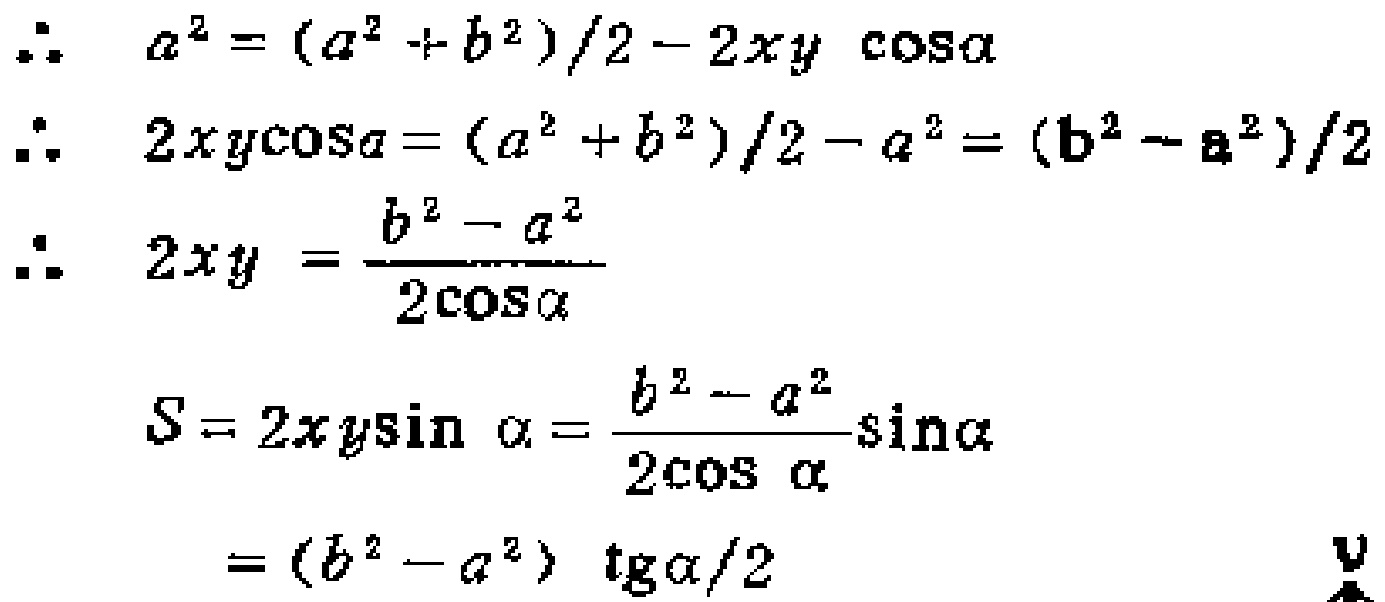
\begin{align*}
\therefore\quad a^{2}&=(a^{2}+b^{2})/2 - 2xy\cos\alpha\\
\therefore\quad 2xy\cos\alpha&=(a^{2}+b^{2})/2 - a^{2}=(b^{2}-a^{2})/2\\
\therefore\quad 2xy&=\frac{b^{2}-a^{2}}{2\cos\alpha}\\
S&=2xy\sin\alpha=\frac{b^{2}-a^{2}}{2\cos\alpha}\sin\alpha\\
&=(b^{2}-a^{2})\tg\alpha/2
\end{align*}